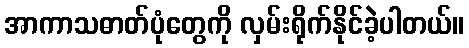
အာကာသဓာတ်ပုံတွေကို လှမ်းရိုက်နိုင်ခဲ့ပါတယ်။